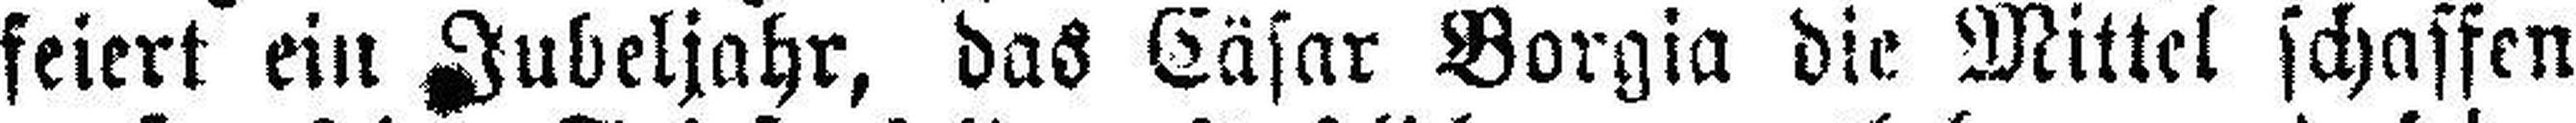
feiert ein Jubeljahr, das Cäsar Borgia die Mittel schaffen